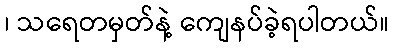
၊ သရေတမှတ်နဲ့ ကျေနပ်ခဲ့ရပါတယ်။